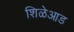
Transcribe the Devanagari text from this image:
शिळेआड